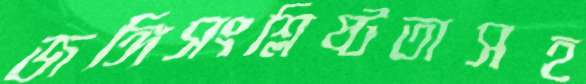
জঙ্গিসংশ্লিষ্টতাসহ